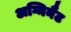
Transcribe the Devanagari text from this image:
अग्मिनैट